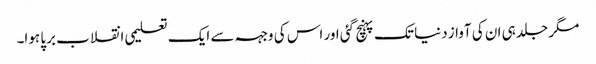
مگر جلد ہی ان کی آواز دنیا تک پہنچ گئی اور اس کی وجہہ سے ایک تعلیمی انقلاب برپا ہوا۔